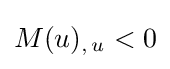
M(u)_{,\,u}<0